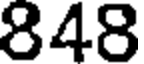
848